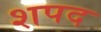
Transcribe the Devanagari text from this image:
शपद